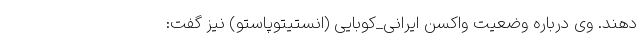
دهند. وی درباره وضعیت واکسن ایرانی_کوبایی (انستیتوپاستو) نیز گفت: